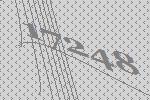
17248